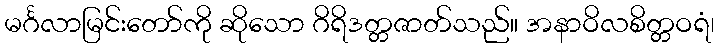
မင်္ဂလာမြင်းတော်ကို ဆိုသော ဂိရိဒတ္တဇာတ်သည်။ အနာဝိလစိတ္တဝရံ၊